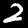
Digit: 2